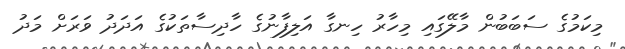
މިކަމުގެ ސަބަބުން މާލޭގައި މިހާރު ހިނގާ އަލިފާނުގެ ހާދިސާތަކުގެ އަދަދު ވަރަށް މަދު